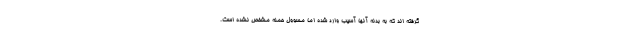
گرفته اند که به بدنه آنها آسیب وارد شده اما مسوول حمله مشخص نشده است.